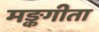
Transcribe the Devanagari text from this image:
मङ्कगीता